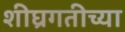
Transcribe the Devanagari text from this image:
शीघ्रगतीच्या